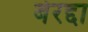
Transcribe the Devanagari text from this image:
बेरद्दा